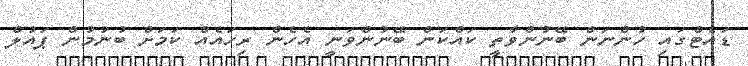
ޑައެޓްގައި ހުންނަން ބޭނުންވާތީ ކައްކަން ބޭނުންވަނީ އެހެން ރިހައެއް ކަމަށް ބުނުމުން ޕައުލް